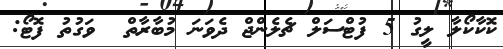
ކޮކާކޯލާ ލީގު 5 ފުޓްސަލް ޗެލެންޖް ދެވަނަ މުބާރާތް  ވަގުތު ފޮޓޯ: